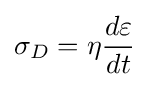
\sigma _{D}=\eta {\frac {d\varepsilon }{dt}}